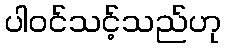
ပါဝင်သင့်သည်ဟု